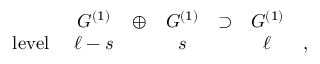
\begin{array} { r c c c c c c } { { } } & { { { \cal G } ^ { ( 1 ) } } } & { { \oplus } } & { { { \cal G } ^ { ( 1 ) } } } & { { \supset } } & { { { \cal G } ^ { ( 1 ) } } } & { { } } \\ { { \mathrm { l e v e l ~ } } } & { { \ell - s } } & { { } } & { { s } } & { { } } & { { \ell } } & { { , } } \end{array}